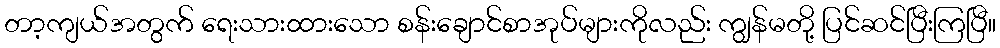
တာ့ကျယ်အတွက် ရေးသားထားသော စန်းချောင်စာအုပ်များကိုလည်း ကျွန်မတို့ ပြင်ဆင်ပြီးကြပြီ။